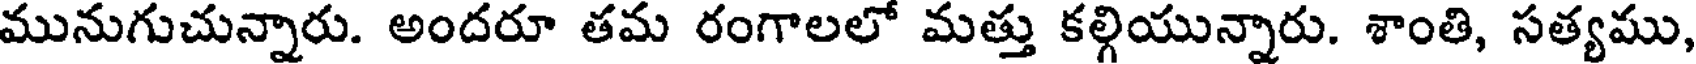
మునుగుచున్నారు. అందరూ తమ రంగాలలో మత్తు కల్గియున్నారు. శాంతి, సత్యము,